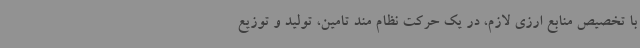
با تخصیص منابع ارزی لازم، در یک حرکت نظام مند تامین، تولید و توزیع